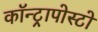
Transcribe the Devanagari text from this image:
कॉन्ट्रापोस्टो